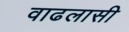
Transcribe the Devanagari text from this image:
वाढलासी